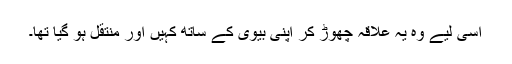
اسی لیے وہ یہ علاقہ چھوڑ کر اپنی بیوی کے ساتھ کہیں اور منتقل ہو گیا تھا۔